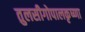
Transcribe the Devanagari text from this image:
तुलसीगोपालकृष्‍णा